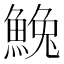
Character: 𩸃